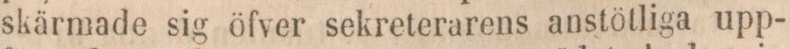
skärmade sig öfver sekreterarens anstötliga upp-